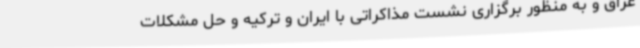
عراق و به منظور برگزاری نشست مذاکراتی با ایران و ترکیه و حل مشکلات